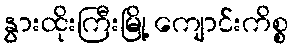
နွားထိုးကြီးမြို့ ကျောင်းကိစ္စ